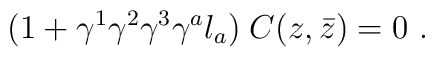
(1 + \gamma^1\gamma^2 \gamma^3 \gamma^a l_a)\; C (z, \bar z)=0 \ .